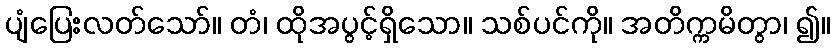
ပျံပြေးလတ်သော်။ တံ၊ ထိုအပွင့်ရှိသော။ သစ်ပင်ကို။ အတိက္ကမိတွာ၊ ၍။